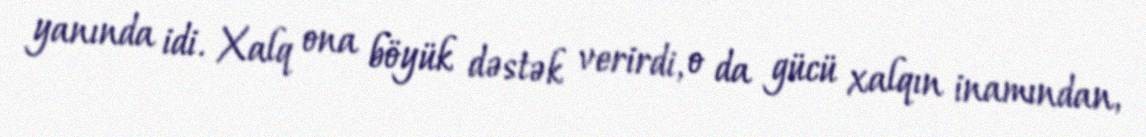
yanında idi. Xalq ona böyük dəstək verirdi, o da gücü xalqın inamından,